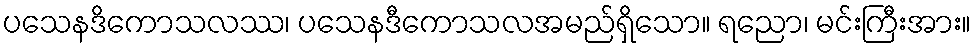
ပသေနဒိကောသလဿ၊ ပသေနဒီကောသလအမည်ရှိသော။ ရညော၊ မင်းကြီးအား။